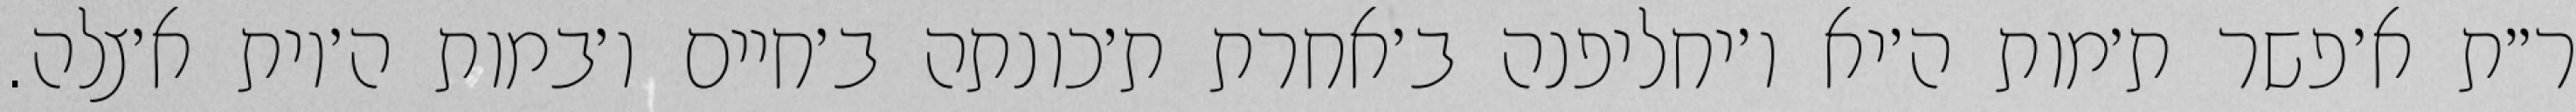
ר״ת א׳פשר ת׳מות ה׳יא ו׳יחליפנה ב׳אחרת ת׳כונתה ב׳חיים ו׳במות ה׳יות א׳צלה.